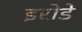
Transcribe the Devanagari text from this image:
इरोडे